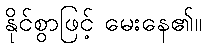
နိုင်စွာဖြင့် မေးနေ၏။